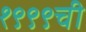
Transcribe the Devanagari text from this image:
१९९९ची